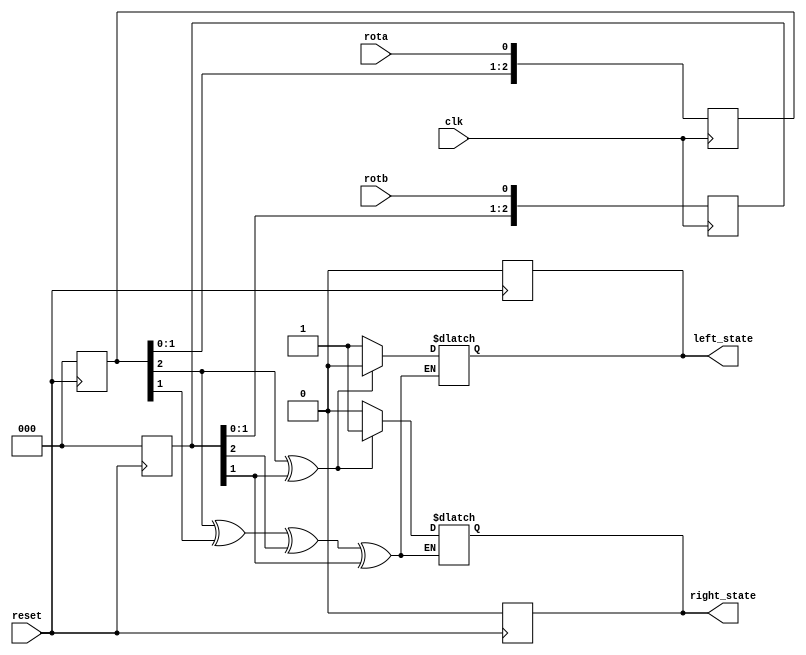
`timescale 1ns / 1ps

module quad_encoder(
					input clk,reset,
					rota,rotb,
					
					//output 1 if direction is right/left 
					output reg right_state,
							     left_state
					
    );

reg [2:0] quadAr, quadBr;

always @(posedge reset)
		begin
			quadAr <= 3'd0;
			quadBr <= 3'd0;
			right_state <=  1'b0;
			left_state <=  1'b0;
		end

//update encoder a,b buffers
always @(posedge clk) quadAr <= {quadAr[1:0], rota};
always @(posedge clk) quadBr <= {quadBr[1:0], rotb};
wire [7:0] rgb_data;

always @(*)
	if(quadAr[2] ^ quadAr[1] ^ quadBr[2] ^ quadBr[1])
		begin
				if(quadAr[2] ^ quadBr[1]) //turned right
					begin
						//flag motion right
						right_state <= 1'b1;
						left_state <= 1'b0;
					end
				else //turned left
					begin
						left_state <= 1'b1;
						right_state <= 1'b0;
						//flag motion left
					end
		end

endmodule